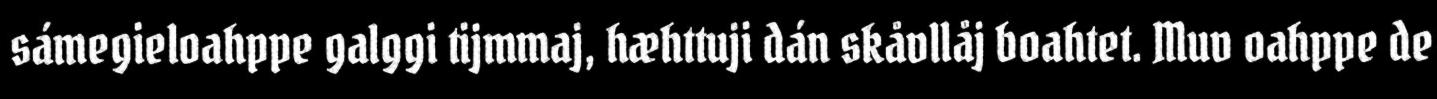
sámegieloahppe galggi tijmmaj, hæhttuji dán skåvllåj boahtet. Muv oahppe de